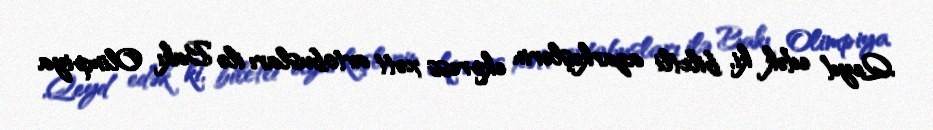
Qeyd edək ki, biletli azarkeşlərin ekpress xətt avtobusları ilə Bakı Olimpiya